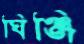
ঘিঞ্জি